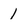
Character: 1